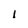
Character: 1